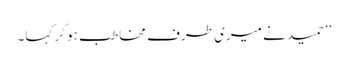
’’حمید نے میری طرف مخاطب ہو کر کہا۔